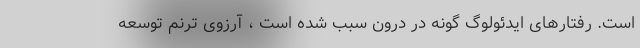
است. رفتارهای ایدئولوگ گونه در درون سبب شده است ، آرزوی ترنم توسعه